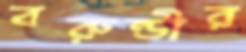
বরুন্ডীর